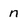
Character: n